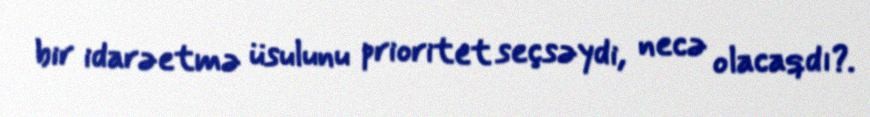
bir idarəetmə üsulunu prioritet seçsəydi, necə olacaqdı?.